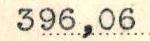
396,06